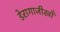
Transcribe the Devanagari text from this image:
डेरागाजीखाँ